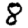
Digit: 8